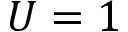
U = 1